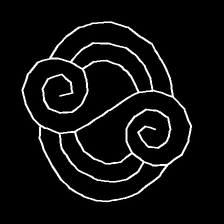
Glyph: wind-underfoot